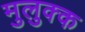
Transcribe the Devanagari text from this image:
मुलुक्क